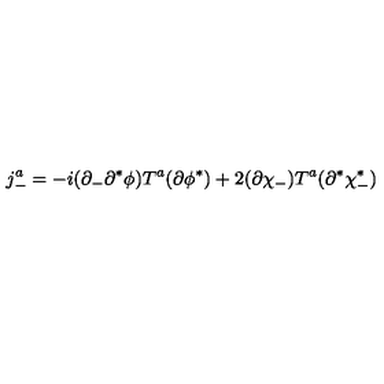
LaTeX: j _ { - } ^ { a } = - i ( \partial _ { - } \partial ^ { * } \phi ) T ^ { a } ( \partial \phi ^ { * } ) + 2 ( \partial \chi _ { - } ) T ^ { a } ( \partial ^ { * } \chi _ { - } ^ { * } )